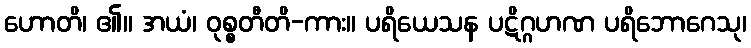
ဟောတိ၊ ၏။ အယံ၊ ဝုစ္စတီတိ-ကား။ ပရိယေသန ပဋိဂ္ဂဟဏ ပရိဘောဂေသု၊